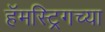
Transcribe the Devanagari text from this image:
हॅमस्ट्रिगच्या